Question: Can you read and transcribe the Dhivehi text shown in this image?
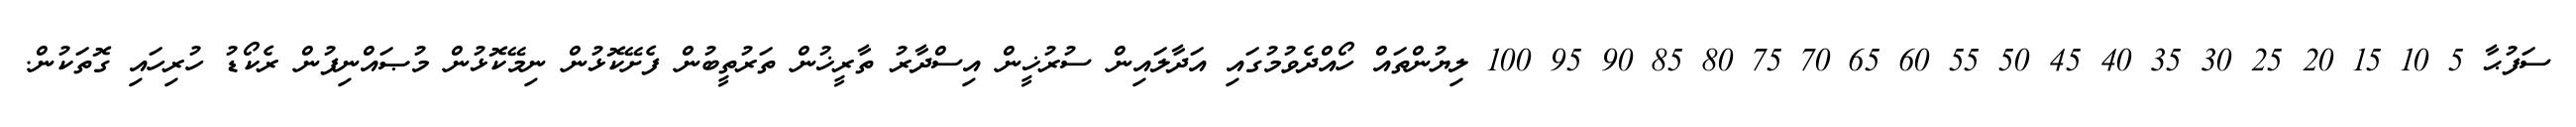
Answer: ސަފުޙާ 5 10 15 20 25 30 35 40 45 50 55 60 65 70 75 80 85 90 95 100 ލިޔުންތައް ހޯއްދެވުމުގައި އަދާލައިން ސުރުޚީން އިސްދާރު ތާރީޚުން ތަރުތީބުން ފެށޭކޮޅުން ނިމޭކޮޅުން މުޞައްނިފުން ރެކޯޑު ހުރިހައި ގޮތަކުން.